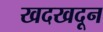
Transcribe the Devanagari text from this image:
खदखदून